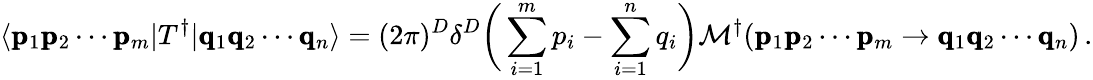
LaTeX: \langle\pmb{\mathrm{p}}_{1}\pmb{\mathrm{p}}_{2}\cdots\pmb{\mathrm{p}}_{m}|T^{\dagger}|\pmb{\mathrm{q}}_{1}\pmb{\mathrm{q}}_{2}\cdots\pmb{\mathrm{q}}_{n}\rangle=(2\pi)^{D}\delta^{D}\bigg(\sum_{i=1}^{m}p_{i}-\sum_{i=1}^{n}q_{i}\bigg)\mathcal{M}^{\dagger}(\pmb{\mathrm{p}}_{1}\pmb{\mathrm{p}}_{2}\cdots\pmb{\mathrm{p}}_{m}\rightarrow\pmb{\mathrm{q}}_{1}\pmb{\mathrm{q}}_{2}\cdots\pmb{\mathrm{q}}_{n})\, .